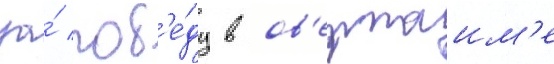
за́ поб'е́ду в ов'ертаим'е